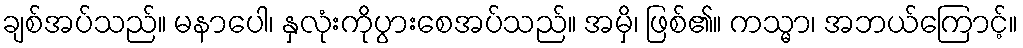
ချစ်အပ်သည်။ မနာပေါ၊ နှလုံးကိုပွားစေအပ်သည်။ အမှိ၊ ဖြစ်၏။ ကသ္မာ၊ အဘယ်ကြောင့်။